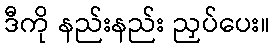
ဒီကို နည်းနည်း ညှပ်ပေး။